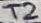
Text: T2